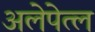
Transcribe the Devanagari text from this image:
अलेपेत्ल